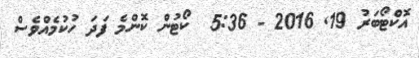
އޮކްޓޯބަރު 19